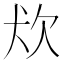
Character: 𤜹